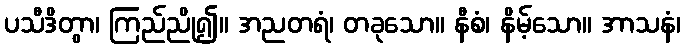
ပသီဒိတွာ၊ ကြည်ညို၍။ အညတရံ၊ တခုသော။ နီစံ၊ နိမ့်သော။ အာသနံ၊